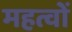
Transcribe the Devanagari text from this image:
महत्वों